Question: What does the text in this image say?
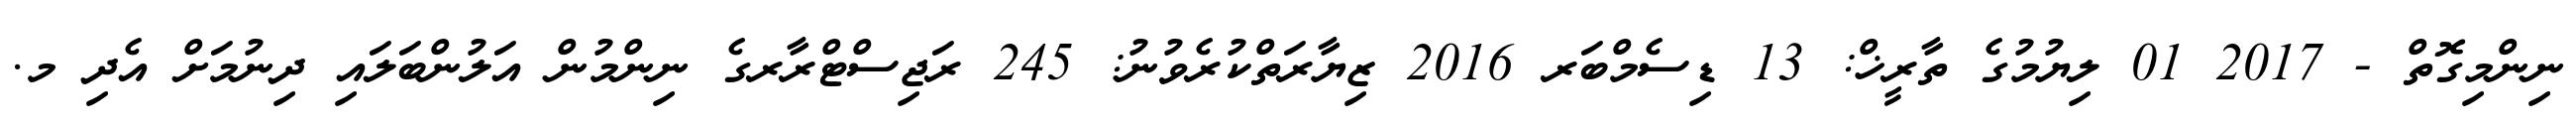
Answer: ނިންމިގޮތް - 2017 01 ލިޔުމުގެ ތާރީޚް: 13 ޑިސެމްބަރ 2016 ޒިޔާރަތްކުރެވުނު: 245 ރަޖިސްޓްރާރގެ ނިންމުން އަލުންބަލައި ދިނުމަށް އެދި މ.